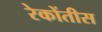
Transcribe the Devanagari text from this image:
रेकोंतीस